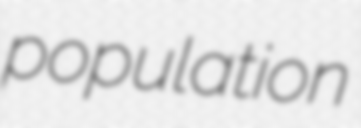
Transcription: population